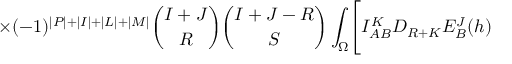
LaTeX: \times ( - 1 ) ^ { \vert P \vert + \vert I \vert + \vert L \vert + \vert M \vert } { \binom { I + J } { R } } { \binom { I + J - R } { S } } \int _ { \Omega } \Biggl [ I _ { A B } ^ { K } D _ { R + K } E _ { B } ^ { J } ( h )